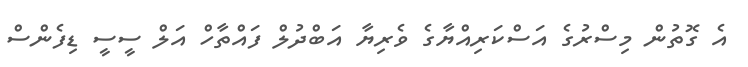
އެ ގޮތުން މިސްރުގެ އަސްކަރިއްޔާގެ ވެރިޔާ އަބްދުލް ފައްތާހް އަލް ސީސީ ޑިފެންސް